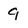
Character: 9